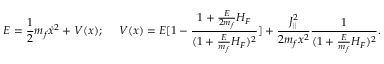
E = { \frac { 1 } { 2 } } m _ { f } \dot { x } ^ { 2 } + V ( x ) ; \ \ \ \ V ( x ) = E [ 1 - { \frac { 1 + { \frac { E } { 2 m _ { f } } } H _ { F } } { ( 1 + { \frac { E } { m _ { f } } } H _ { F } ) ^ { 2 } } } ] + { \frac { J _ { \parallel } ^ { 2 } } { 2 m _ { f } x ^ { 2 } } } { \frac { 1 } { ( 1 + { \frac { E } { m _ { f } } } H _ { F } ) ^ { 2 } } } .